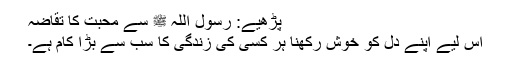
پڑھیے: رسول اللہ ﷺ سے محبت کا تقاضہ
اس لیے اپنے دل کو خوش رکھنا ہر کسی کی زندگی کا سب سے بڑا کام ہے۔